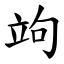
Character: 竘